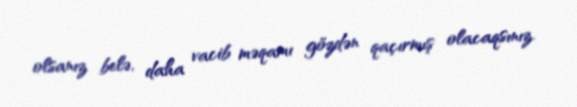
olsanız belə, daha vacib məqamı gözdən qaçırmış olacaqsınız.